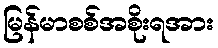
မြန်မာစစ်အစိုးရအား